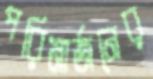
পরিমার্জনের